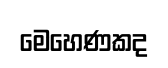
මෙහෙණකද